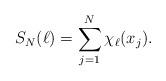
LaTeX: \begin{align*}S_N(\ell)=\sum_{j=1}^N\chi_\ell(x_j).\end{align*}